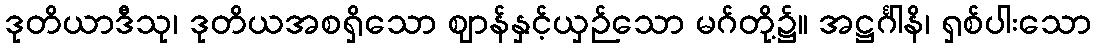
ဒုတိယာဒီသု၊ ဒုတိယအစရှိသော ဈာန်နှင့်ယှဉ်သော မဂ်တို့၌။ အဋ္ဌင်္ဂါနိ၊ ရှစ်ပါးသော